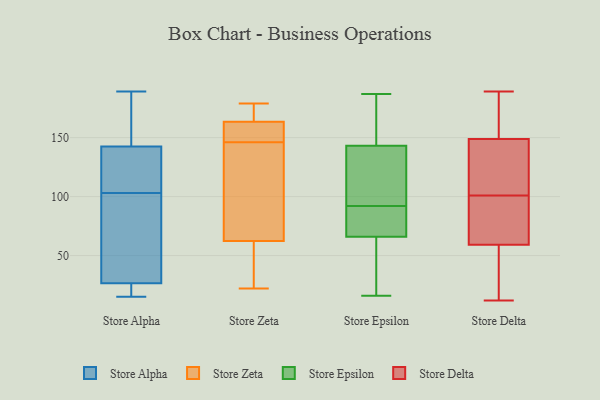
{"axis": {"x": "Energy Usage (MWh)", "y": "Value"}, "legend": ["Store Alpha", "Store Delta", "Store Epsilon", "Store Zeta"], "data": [{"x": "", "y": 162, "type": "Store Alpha"}, {"x": "", "y": 130, "type": "Store Alpha"}, {"x": "", "y": 85, "type": "Store Alpha"}, {"x": "", "y": 132, "type": "Store Alpha"}, {"x": "", "y": 78, "type": "Store Alpha"}, {"x": "", "y": 182, "type": "Store Alpha"}, {"x": "", "y": 189, "type": "Store Alpha"}, {"x": "", "y": 51, "type": "Store Alpha"}, {"x": "", "y": 17, "type": "Store Alpha"}, {"x": "", "y": 135, "type": "Store Alpha"}, {"x": "", "y": 137, "type": "Store Alpha"}, {"x": "", "y": 23, "type": "Store Alpha"}, {"x": "", "y": 121, "type": "Store Alpha"}, {"x": "", "y": 68, "type": "Store Alpha"}, {"x": "", "y": 15, "type": "Store Alpha"}, {"x": "", "y": 20, "type": "Store Alpha"}, {"x": "", "y": 23, "type": "Store Alpha"}, {"x": "", "y": 159, "type": "Store Alpha"}, {"x": "", "y": 30, "type": "Store Alpha"}, {"x": "", "y": 148, "type": "Store Alpha"}, {"x": "", "y": 146, "type": "Store Zeta"}, {"x": "", "y": 66, "type": "Store Zeta"}, {"x": "", "y": 162, "type": "Store Zeta"}, {"x": "", "y": 134, "type": "Store Zeta"}, {"x": "", "y": 149, "type": "Store Zeta"}, {"x": "", "y": 157, "type": "Store Zeta"}, {"x": "", "y": 179, "type": "Store Zeta"}, {"x": "", "y": 35, "type": "Store Zeta"}, {"x": "", "y": 168, "type": "Store Zeta"}, {"x": "", "y": 22, "type": "Store Zeta"}, {"x": "", "y": 51, "type": "Store Zeta"}, {"x": "", "y": 168, "type": "Store Zeta"}, {"x": "", "y": 133, "type": "Store Zeta"}, {"x": "", "y": 143, "type": "Store Epsilon"}, {"x": "", "y": 89, "type": "Store Epsilon"}, {"x": "", "y": 16, "type": "Store Epsilon"}, {"x": "", "y": 94, "type": "Store Epsilon"}, {"x": "", "y": 175, "type": "Store Epsilon"}, {"x": "", "y": 31, "type": "Store Epsilon"}, {"x": "", "y": 120, "type": "Store Epsilon"}, {"x": "", "y": 66, "type": "Store Epsilon"}, {"x": "", "y": 187, "type": "Store Epsilon"}, {"x": "", "y": 90, "type": "Store Epsilon"}, {"x": "", "y": 84, "type": "Store Delta"}, {"x": "", "y": 96, "type": "Store Delta"}, {"x": "", "y": 106, "type": "Store Delta"}, {"x": "", "y": 51, "type": "Store Delta"}, {"x": "", "y": 163, "type": "Store Delta"}, {"x": "", "y": 12, "type": "Store Delta"}, {"x": "", "y": 189, "type": "Store Delta"}, {"x": "", "y": 183, "type": "Store Delta"}, {"x": "", "y": 106, "type": "Store Delta"}, {"x": "", "y": 40, "type": "Store Delta"}, {"x": "", "y": 101, "type": "Store Delta"}]}